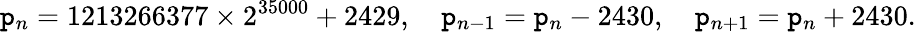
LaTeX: \mathtt{p}_{n}=1213266377\times2^{35000}+2429,\quad\mathtt{p}_{n-1}=\mathtt{p}_{n}-2430,\quad\mathtt{p}_{n+1}=\mathtt{p}_{n}+2430.